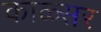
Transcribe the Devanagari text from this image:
काळ्सर